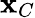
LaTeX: \mathbf{x}_{C}